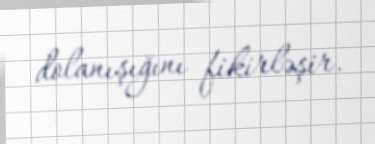
dolanışığını fikirləşir.